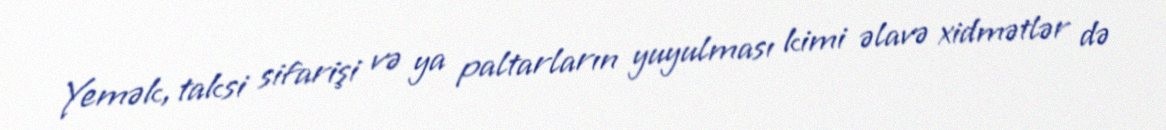
Yemək, taksi sifarişi və ya paltarların yuyulması kimi əlavə xidmətlər də